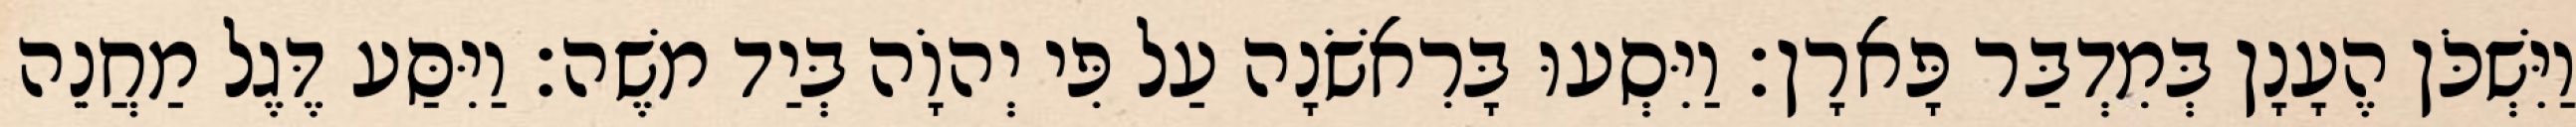
וַיִּשְׁכֹּן הֶעָנָן בְּמִדְבַּר פָּארָן׃ וַיִּסְעוּ בָּרִאשֹׁנָה עַל פִּי יְהוָֹה בְּיַד משֶׁה׃ וַיִּסַּע דֶּגֶל מַחֲנֵה